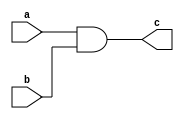
`timescale 1ns / 1ps
//////////////////////////////////////////////////////////////////////////////////
// Company: 
// Engineer: 
// 
// Design Name: 
// Module Name:    yumen_bgtz 
// Project Name: 
// Target Devices: 
// Tool versions: 
// Description: 
//
// Dependencies: 
//
// Revision: 
// Revision 0.01 - File Created
// Additional Comments: 
//
//////////////////////////////////////////////////////////////////////////////////
module yumen_bgtz(
    input a,
    input b,
    output c
    );
	 assign c = a & b;

endmodule